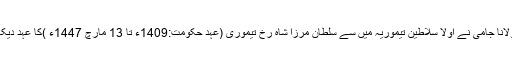
مولانا جامی نے اولاً سلاطین تیموریہ میں سے سلطان مرزا شاہ رخ تیموری (عہد حکومت:1409ء تا 13 مارچ 1447ء )کا عہد دیکھا۔